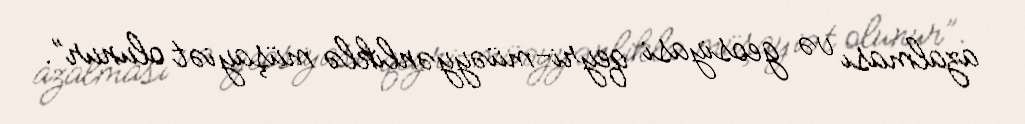
azalması və geosiyasi qeyri-müəyyənliklə müşayiət olunur”.